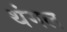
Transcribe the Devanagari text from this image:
थंगल